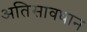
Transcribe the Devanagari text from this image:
अतिसावधान